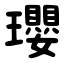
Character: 瓔